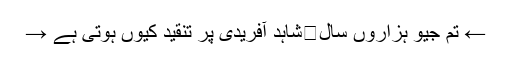
← تم جیو ہزاروں سال	شاہد آفریدی پر تنقید کیوں ہوتی ہے →